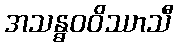
အသန္ဓဝဝိဿာသီ